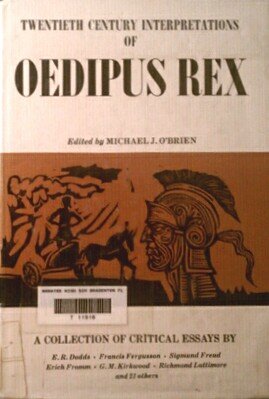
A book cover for Twentieth Century Interpretations of Oedipus Rex; Literature & Fiction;